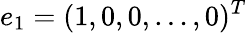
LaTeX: e_{1}=(1,0,0,\ldots,0)^{T}